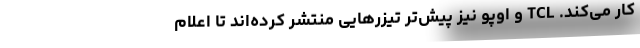
کار می‌کند. TCL و اوپو نیز پیش‌تر تیزرهایی منتشر کرده‌اند تا اعلام